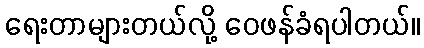
ရေးတာများတယ်လို့ ဝေဖန်ခံရပါတယ်။